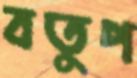
বতুপ